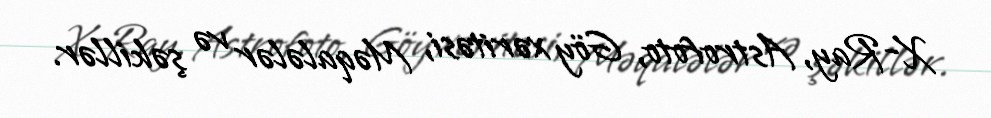
X-Ray, Astrofoto, Göy xəritəsi, Məqalələr və şəkillər.